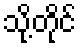
သို့တိုင်